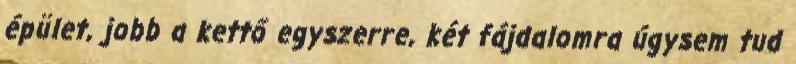
épület, jobb a kettő egyszerre, két fájdalomra úgysem tud